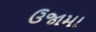
ઉજામા